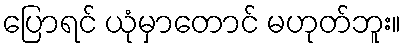
ပြောရင် ယုံမှာတောင် မဟုတ်ဘူး။